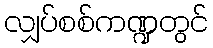
လျှပ်စစ်ကဏ္ဍတွင်